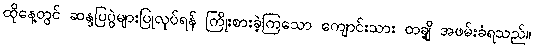
ထိုနေ့တွင် ဆန္ဒပြပွဲများပြုလုပ်ရန် ကြိုးစားခဲ့ကြသော ကျောင်းသား တချို့ အဖမ်းခံရသည်။